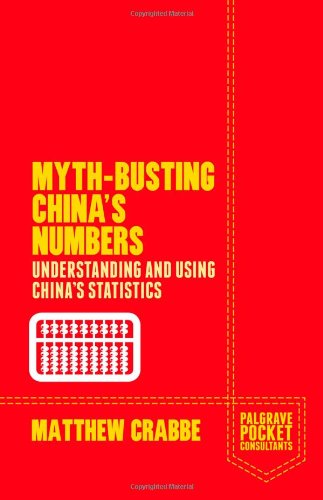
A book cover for Myth-Busting China's Numbers: Understanding and Using China's Statistics (Palgrave Pocket Consultants); Matthew Crabbe; Business & Money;